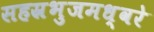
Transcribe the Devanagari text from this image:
सहस्रभुजमध्वरे